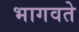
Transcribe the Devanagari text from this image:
भागवते